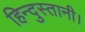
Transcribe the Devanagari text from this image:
हिन्दुस्तानी।